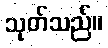
သုတ်သည်။